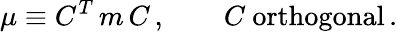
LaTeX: \mu\equiv C^{T}\, m\, C\, ,\qquad C\ \mathrm{orthogonal}\, .